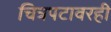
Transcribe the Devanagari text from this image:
चित्रपटावरही